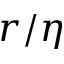
r / \eta